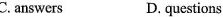
C.answers D.questions